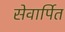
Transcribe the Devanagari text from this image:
सेवार्पित